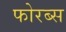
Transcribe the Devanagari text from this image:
फोरब्स